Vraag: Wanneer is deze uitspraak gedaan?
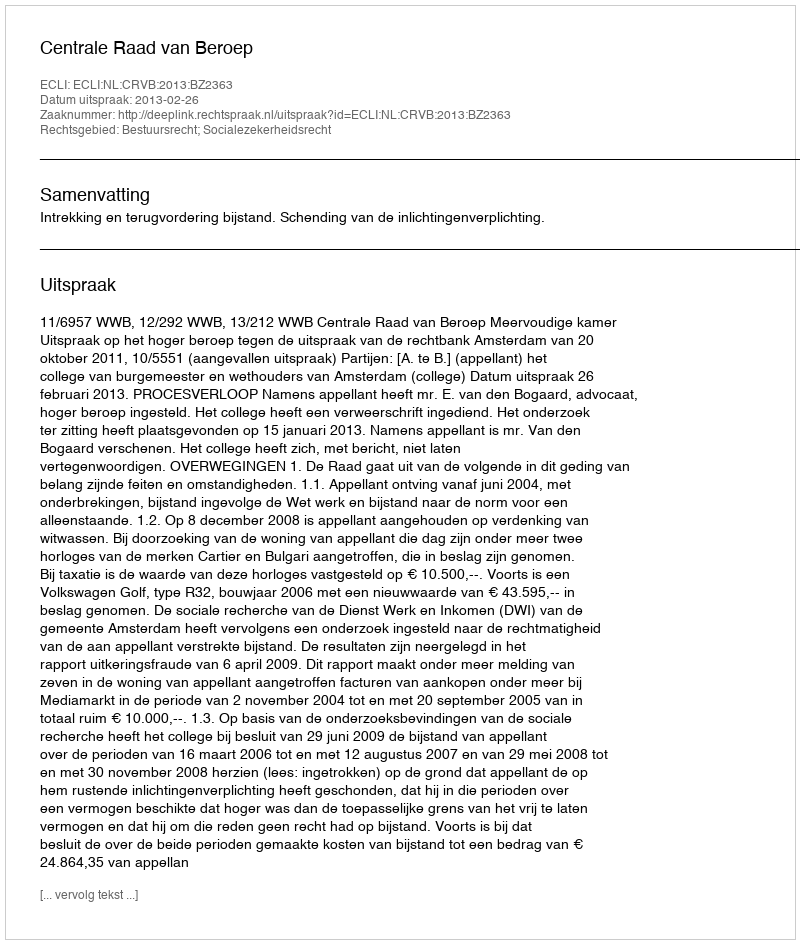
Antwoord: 2013-02-26